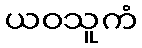
ယဝသူကံ